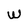
Character: W